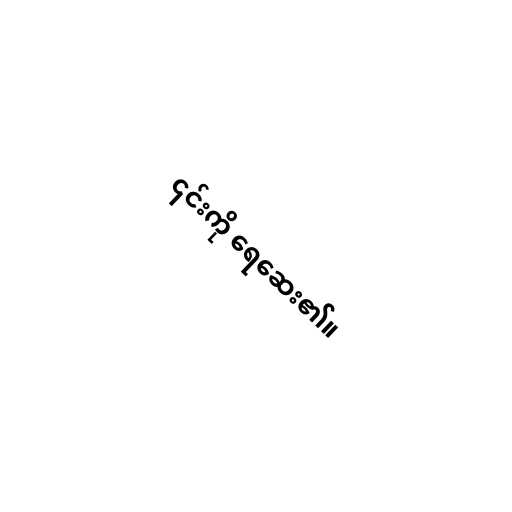
၎င်းကို ရေဆေး၏။